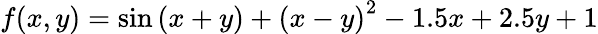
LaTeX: f(x,y)=\sin\left(x+y\right)+\left(x-y\right)^{2}-1.5x+2.5y+1